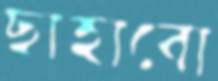
ছাহাবো